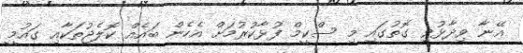
އޭނާ ވިދާޅުވި ގޮތުގައި މި ސްކީމް ފުޅާކުރުމަށް އެހެން ބައެއް ކޮލެޖުތަކާއި ގައުމީ